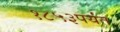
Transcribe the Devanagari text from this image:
१८५३पर्यंत